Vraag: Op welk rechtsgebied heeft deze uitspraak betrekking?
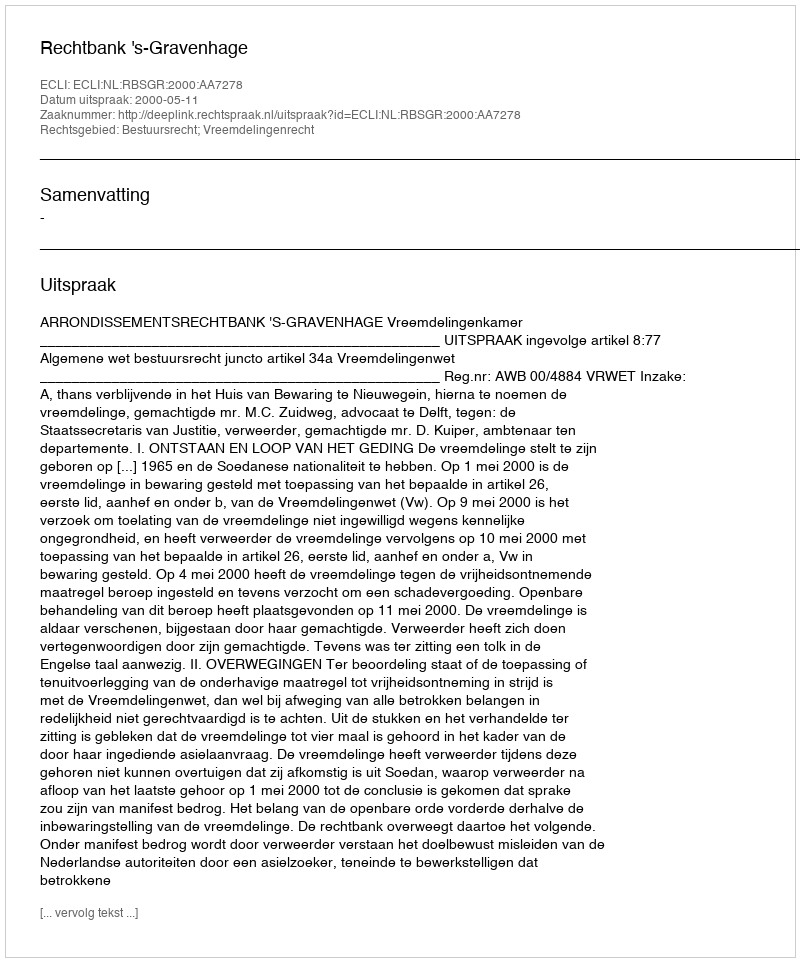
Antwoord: Bestuursrecht; Vreemdelingenrecht